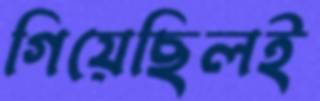
গিয়েছিলই